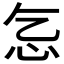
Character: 𢖴